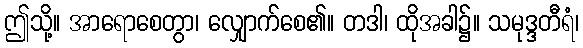
ဤသို့။ အာရောစေတွာ၊ လျှောက်စေ၏။ တဒါ၊ ထိုအခါ၌။ သမုဒ္ဒတီရံ၊